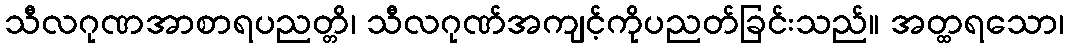
သီလဂုဏအာစာရပညတ္တိ၊ သီလဂုဏ်အကျင့်ကိုပညတ်ခြင်းသည်။ အတ္ထရသော၊